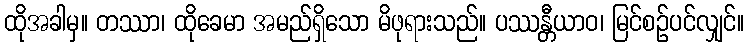
ထိုအခါမှ။ တဿာ၊ ထိုခေမာ အမည်ရှိသော မိဖုရားသည်။ ပဿန္တီယာဝ၊ မြင်စဉ်ပင်လျှင်။